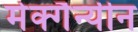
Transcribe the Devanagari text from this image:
मेक्गैन्यीन